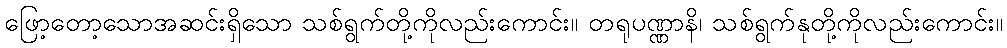
ဖြော့တော့သောအဆင်းရှိသော သစ်ရွက်တို့ကိုလည်းကောင်း။ တရုပဏ္ဏာနိ၊ သစ်ရွက်နုတို့ကိုလည်းကောင်း။